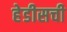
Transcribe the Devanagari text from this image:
हेडीसची